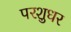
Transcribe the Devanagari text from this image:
परशुधर